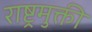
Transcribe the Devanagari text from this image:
राष्ट्रमुक्ती